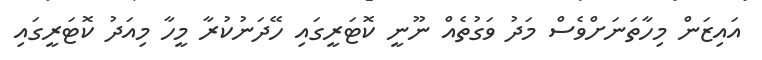
އައިޒަން މިހާތަނަށްވެސް މަދު ވަގުތެއް ނޫނީ ކޮޓަރީގައި ހޭދަނުކުރާ މީހާ މިއަދު ކޮޓަރީގައި